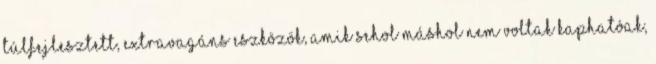
túlfejlesztett, extravagáns eszközök, amik sehol máshol nem voltak kaphatóak,